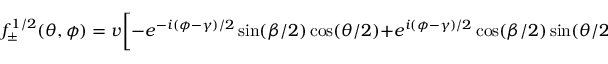
f _ { \pm } ^ { 1 / 2 } ( \theta , \phi ) = v \biggl [ - e ^ { - i ( \phi - \gamma ) / 2 } \sin ( \beta / 2 ) \cos ( \theta / 2 ) + e ^ { i ( \phi - \gamma ) / 2 } \cos ( \beta / 2 ) \sin ( \theta / 2 ) \biggr ] e ^ { \pm i \phi / 2 } .